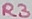
Text: R3